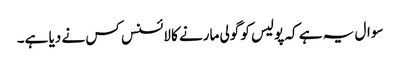
سوال یہ ہے کہ پولیس کو گولی مارنے کا لائسنس کس نے دیا ہے۔